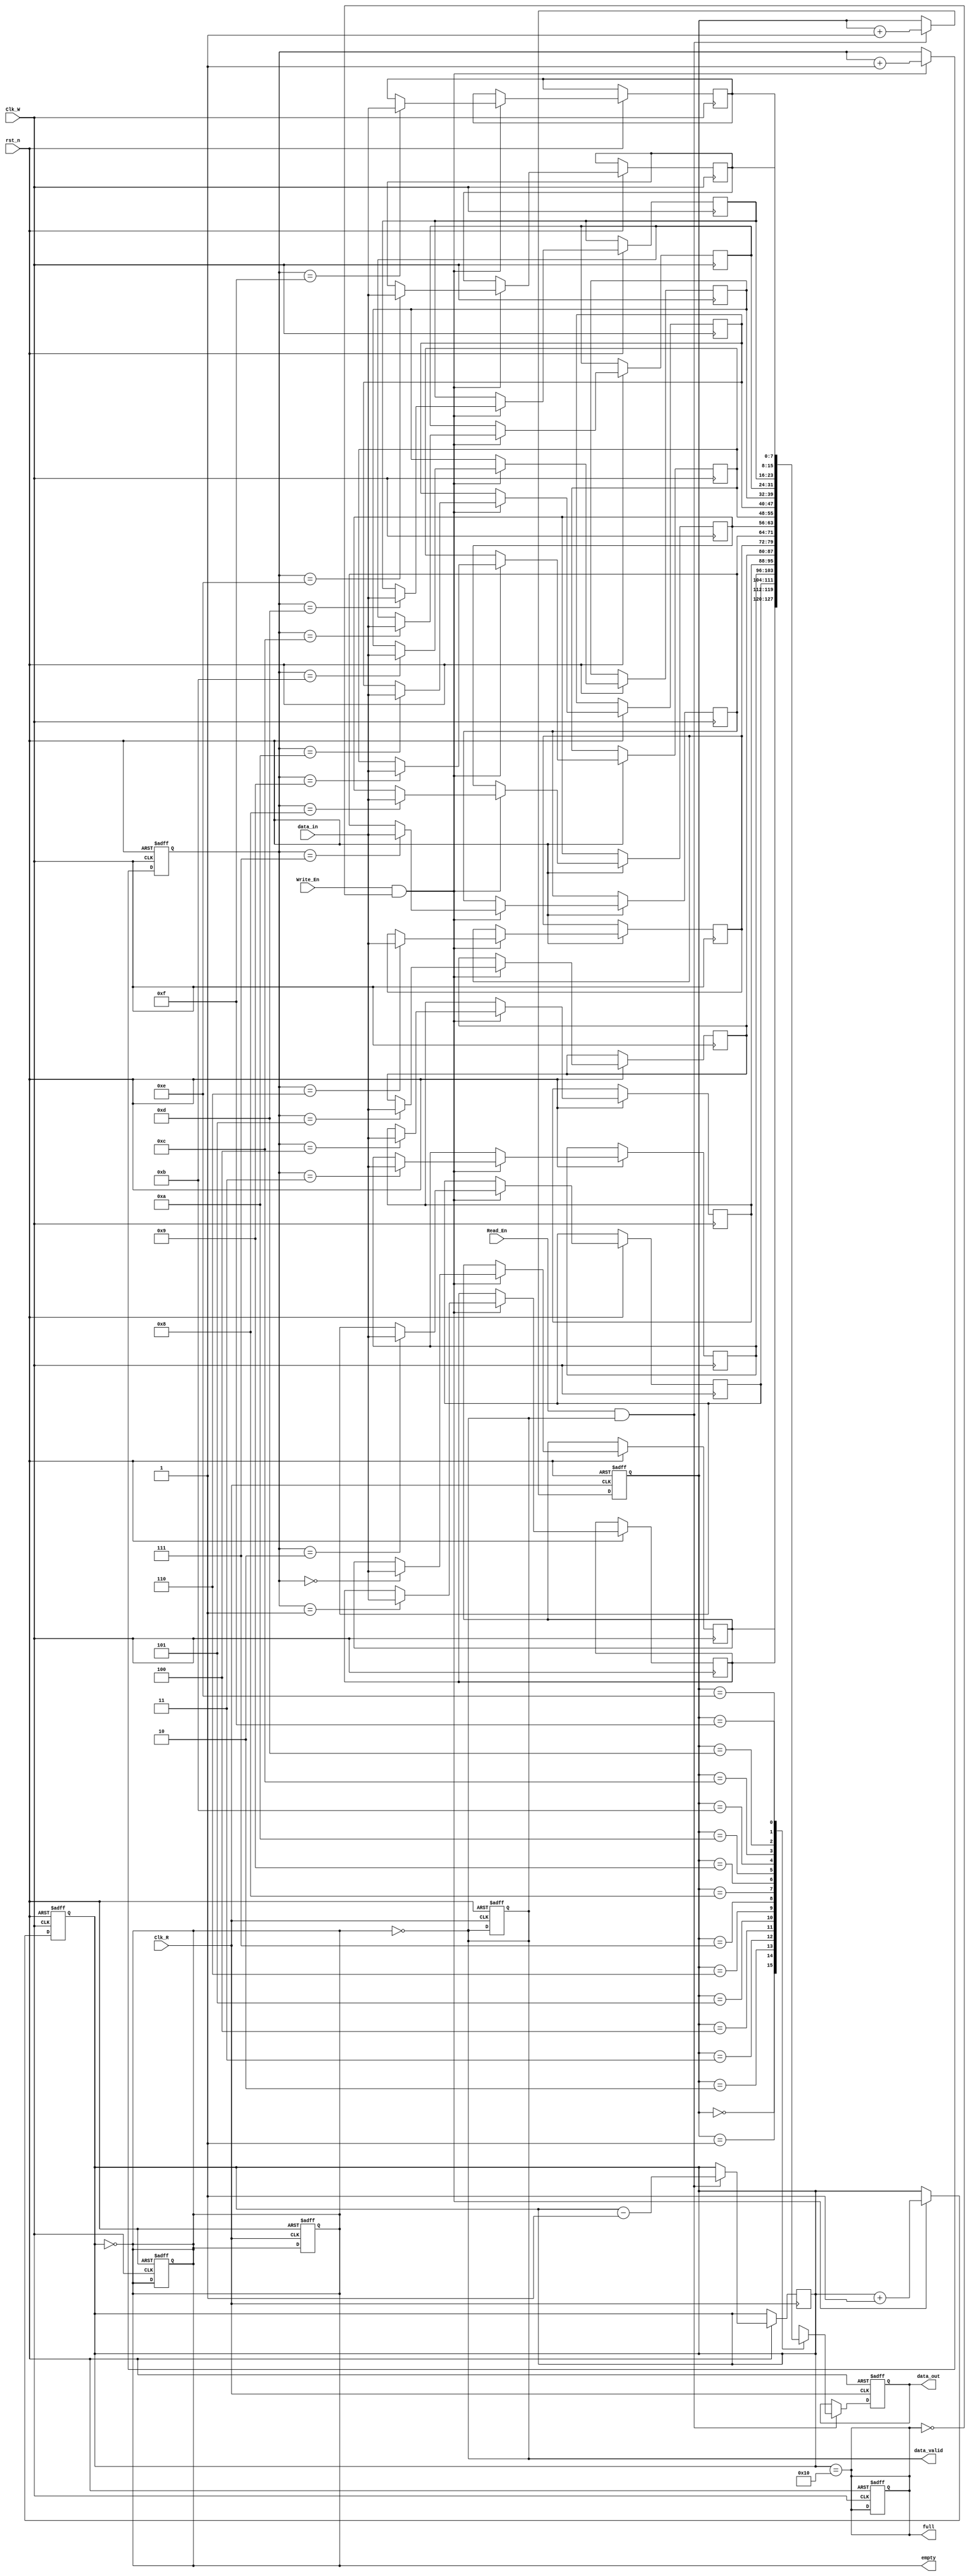
module dual_clock_fifo #(
    parameter DATA_WIDTH = 8,  // Data width
    parameter FIFO_DEPTH = 16   // FIFO depth (must be a power of 2)
)(
    input wire Clk_W,           // Write clock
    input wire Clk_R,           // Read clock
    input wire rst_n,           // Asynchronous reset (active low)
    input wire Write_En,        // Write enable
    input wire Read_En,         // Read enable
    input wire [DATA_WIDTH-1:0] data_in, // Data input
    output reg [DATA_WIDTH-1:0] data_out, // Data output
    output reg empty,           // FIFO empty flag
    output reg full,            // FIFO full flag
    output reg data_valid       // Data valid signal
);

    // Internal parameters
    localparam ADDR_WIDTH = $clog2(FIFO_DEPTH);
    
    // FIFO memory
    reg [DATA_WIDTH-1:0] fifo_mem[FIFO_DEPTH-1:0];
    
    // Pointers
    reg [ADDR_WIDTH-1:0] WPtr, RPtr;
    reg [ADDR_WIDTH-1:0] WPtr_gray, RPtr_gray;
    reg [ADDR_WIDTH-1:0] WPtr_gray_sync, RPtr_gray_sync;

    // FIFO status
    reg [ADDR_WIDTH:0] fifo_count; // Count of items in FIFO

    // Asynchronous reset
    always @(posedge Clk_W or negedge rst_n) begin
        if (!rst_n) begin
            WPtr <= 0;
            fifo_count <= 0;
            full <= 0;
            empty <= 1;
        end else if (Write_En && !full) begin
            fifo_mem[WPtr] <= data_in;
            WPtr <= WPtr + 1;
            fifo_count <= fifo_count + 1;
        end
    end

    always @(posedge Clk_R or negedge rst_n) begin
        if (!rst_n) begin
            RPtr <= 0;
            data_out <= 0;
            empty <= 1;
            data_valid <= 0;
        end else if (Read_En && !empty) begin
            data_out <= fifo_mem[RPtr];
            RPtr <= RPtr + 1;
            fifo_count <= fifo_count - 1;
        end
    end

    // Full and empty flag logic
    always @(*) begin
        full = (fifo_count == FIFO_DEPTH);
        empty = (fifo_count == 0);
        data_valid = !empty;
    end

    // Gray code synchronization for pointers
    always @(posedge Clk_W) begin
        WPtr_gray <= (WPtr >> 1) ^ WPtr; // Convert to gray code
    end

    always @(posedge Clk_R) begin
        RPtr_gray <= (RPtr >> 1) ^ RPtr; // Convert to gray code
    end

    // Synchronize write pointer to read clock domain
    always @(posedge Clk_R) begin
        WPtr_gray_sync <= WPtr_gray;
    end

    // Synchronize read pointer to write clock domain
    always @(posedge Clk_W) begin
        RPtr_gray_sync <= RPtr_gray;
    end

endmodule